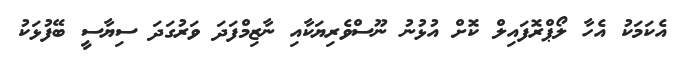
އެކަމަކު އެހާ ލޯޕްރޮފައިލް ކޮށް އުޅުނު ނޫސްވެރިޔަކާއި ނާޒިމްފަދަ ވަރުގަދަ ސިޔާސީ ބޭފުޅަކު